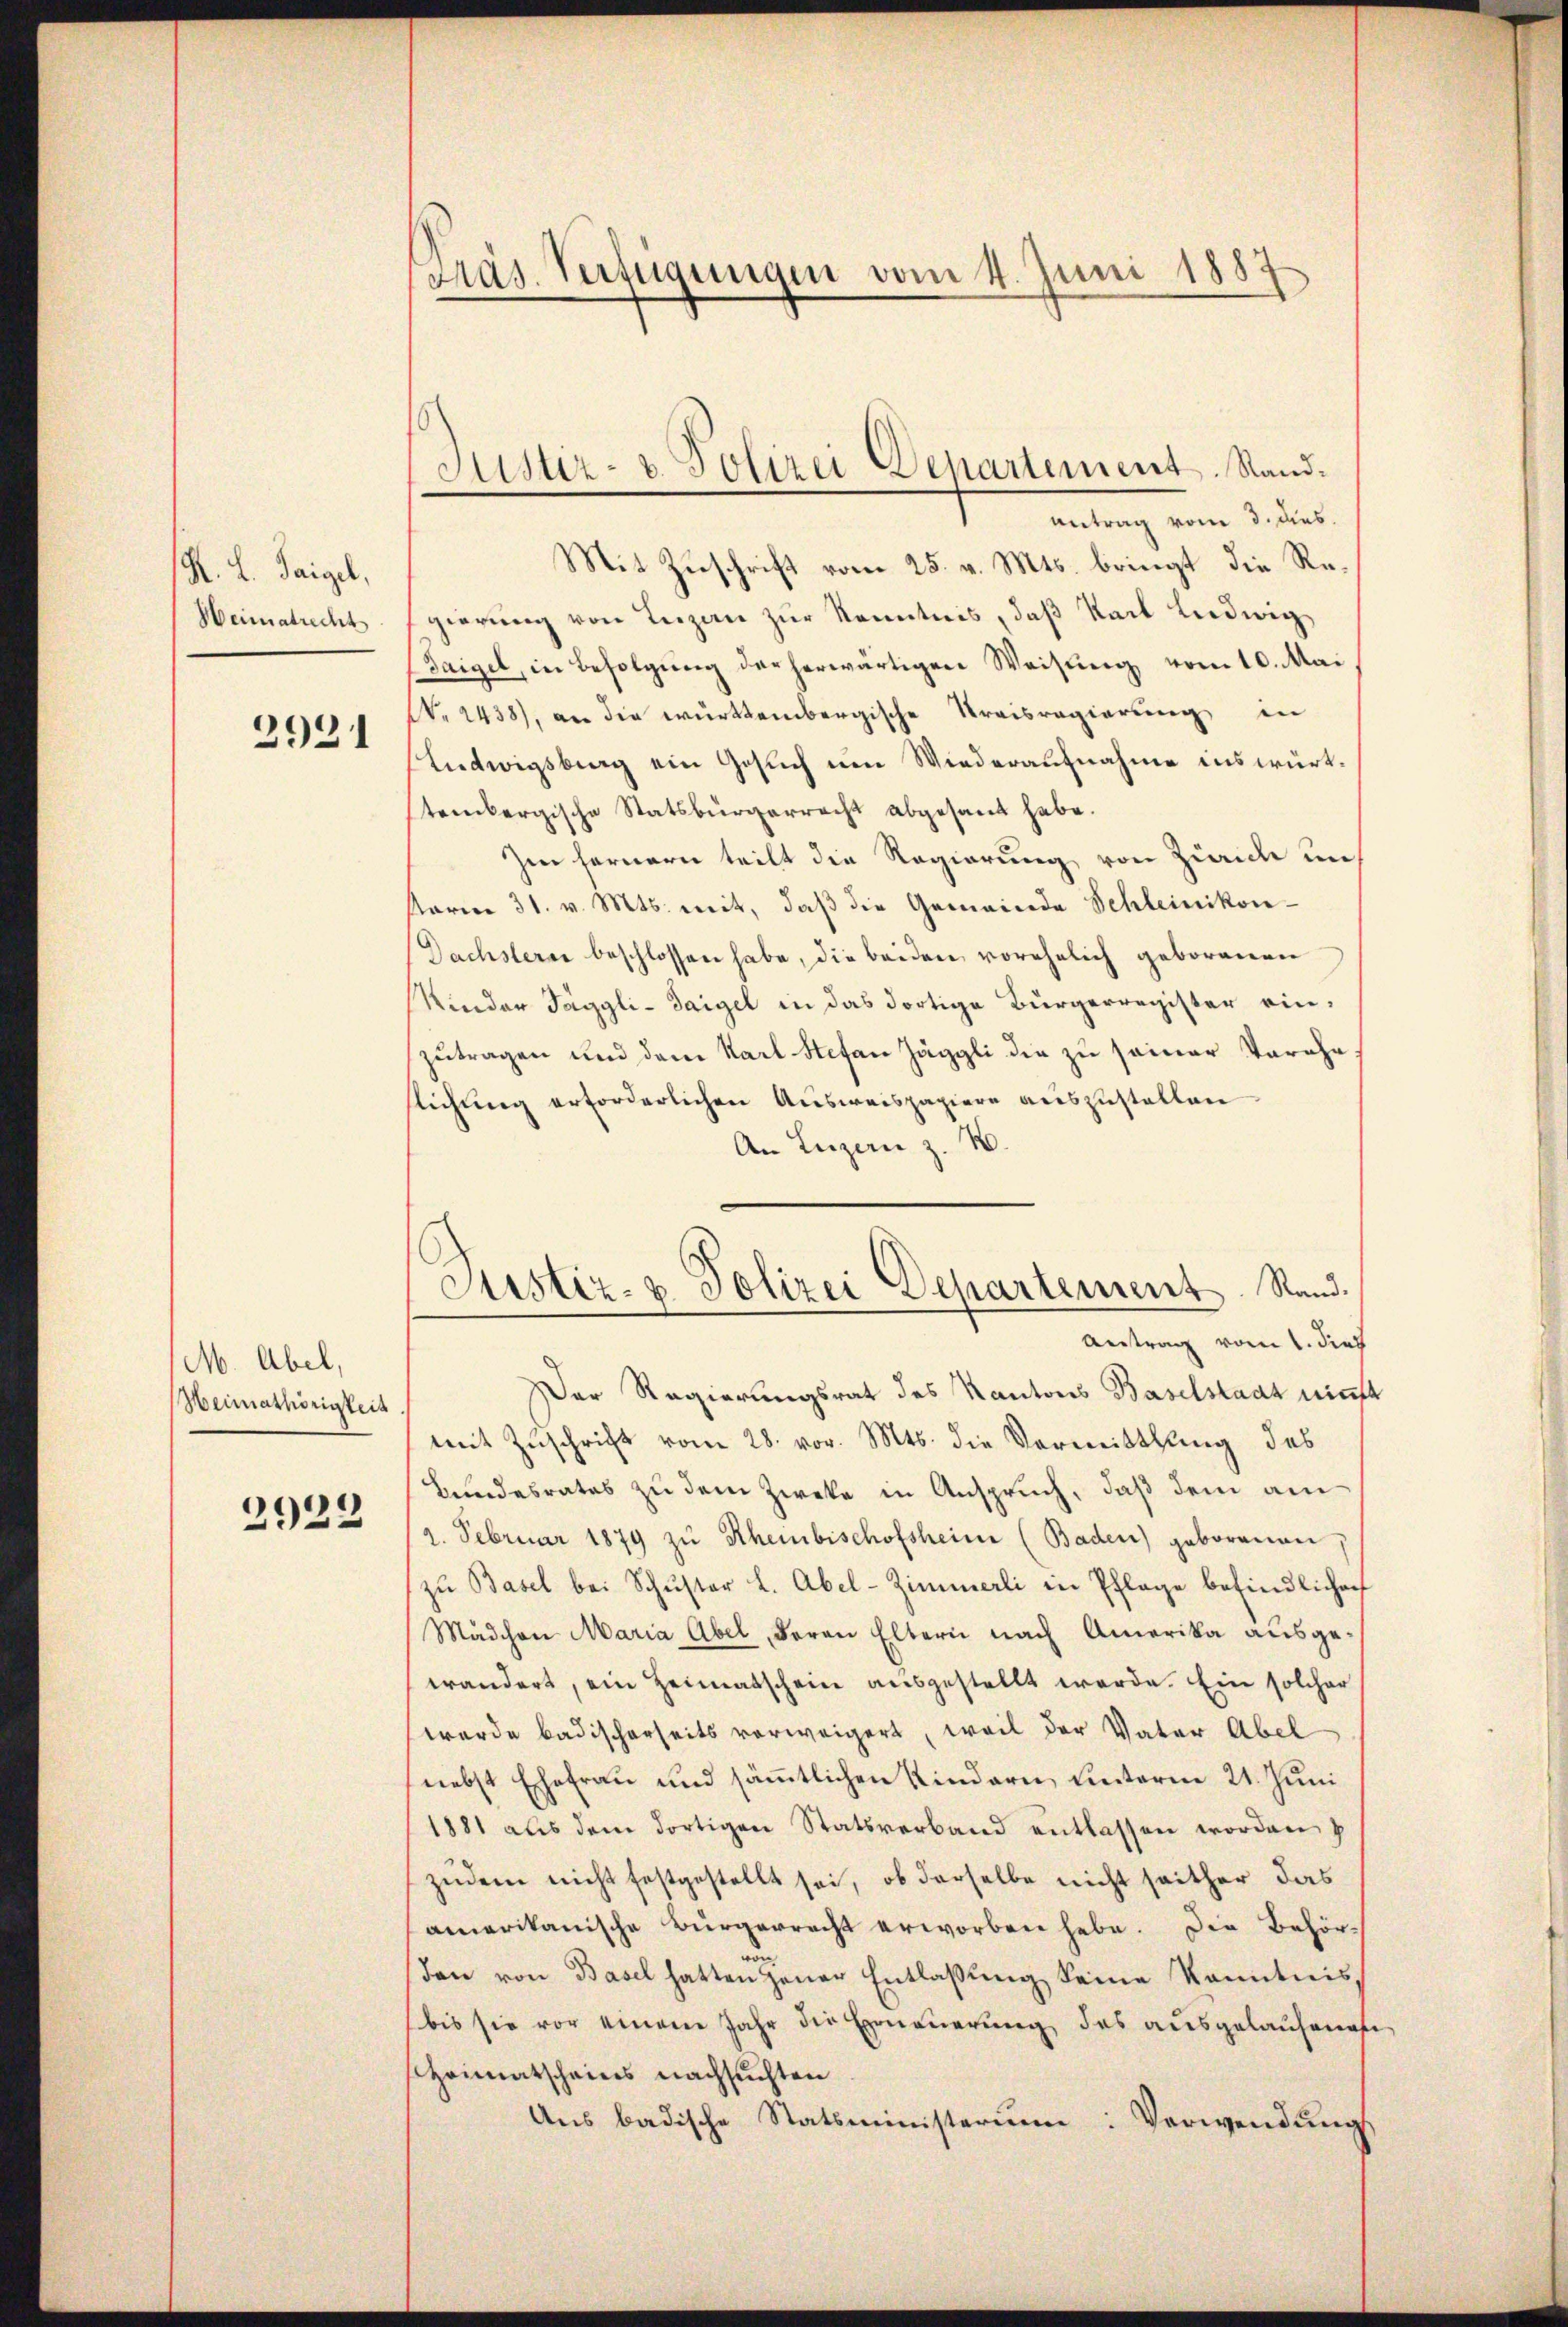
K. L. Saigel,
Heimatrecht

2921

M. Abel,
Heimathörigkeit

2922

Präs. Verfügungen vom 4. Juni 1883

Justiz- u. Polizei Departement. Stand.
Antrag vom 3. dies.

Mit Zuschrift vom 25. v. Mts. bringt die Regierung von Luzan zur Kenntnis, daß Karl Ludwig
Taigel, in Befolgung der herwärtigen Weisung vom 10. Mai
NNo. 2438), an die württembergische Kreisregierung, in
Liedwigsberg ein Gesuch um Wiederaufnahme ins württembergische Statsbürgerrecht abgesandt habe.
Zi fernern teilt die Regierung von Zürich uns
form 31. v. Mts. mit, daß die Gemeinde Schleinikon-
Dachsterner beschlossen habe, die beiden vorehelich geborenen
Kinder Taggli-Saigel in das dortige Bürgerregister einzutragen und dem Karl Stefan Jäggli die zu seiner Vereheslichung erforderlichen Ausweispapiere auszustellen
An Luzern z. B.
Der Regierungsrat des Kantons Baselstaat nieft
mit Zuschrift vom 28. vor. Mts. die Vermittlung des
Bundesrates zu dem Zweke in Anspruch, daß dem am
2. Februar 1879 zŭ Rheinbischofsheim (Baden) geborenen,
zŭ Basel bei Schŭster L. Abel-Zimmerli in Pflage befindlicher
Mädchen Maria Abel, deren Eltern nach Amerika ausgeerändert, ein Heimatschein ausgestellt werde. Ein solcher
wurde badischerseits vorweigert, weil der Vater Abel
nebst Ehefrau und sämmtlichen Kindern unterm 21. Juni
1881 aus dem dortigen Statsverband entlassen worden
zudem nicht festgestellt sei, ob derselbe nicht seither das
amerikanische Bürgerrecht erworben habe. Die Behördon von Basel hatten jener Entlaßung keine kanntnis,
bis sie vor einem Jahr die Erneuerung des ausgelaufenen
Heimatscheins nachsuchten
Ans badische Statsministerium: Verwendungs

Justiz- u. Polizei Departement. Stand.
Antrag vom 1. dies